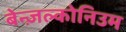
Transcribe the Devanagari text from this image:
बेन्ज़ल्कोनिउम